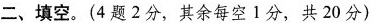
二、填空。(4题2分，其余每空1分，共20分)